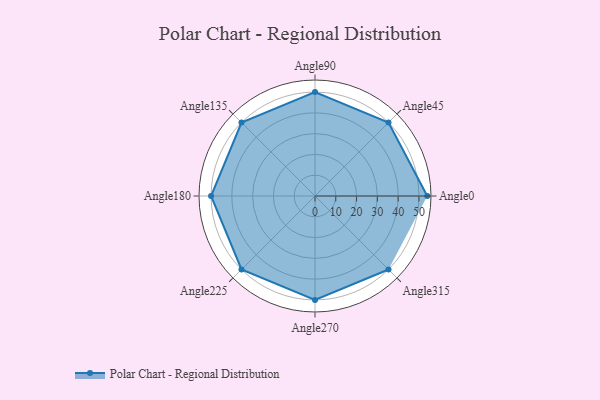
{"axis": {"x": "Angle", "y": "Radius"}, "legend": [""], "data": [{"x": "Angle0", "y": 54.0, "type": ""}, {"x": "Angle45", "y": 50, "type": ""}, {"x": "Angle90", "y": 50.0, "type": ""}, {"x": "Angle135", "y": 50, "type": ""}, {"x": "Angle180", "y": 50, "type": ""}, {"x": "Angle225", "y": 50, "type": ""}, {"x": "Angle270", "y": 50, "type": ""}, {"x": "Angle315", "y": 50, "type": ""}]}